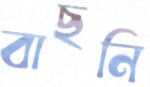
বাছনি